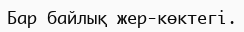
Бар байлық жер-көктегі.